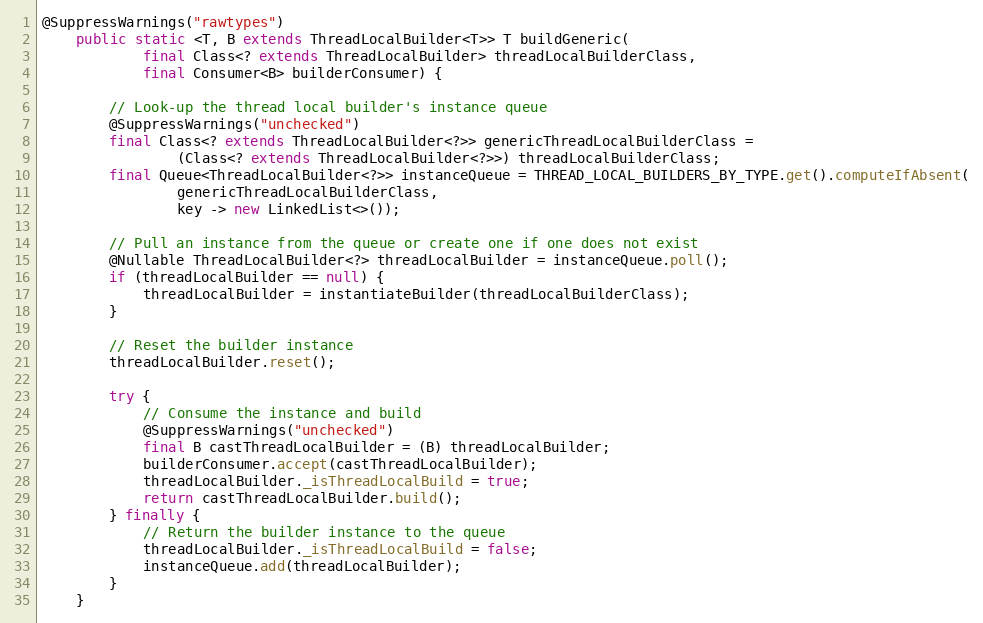
Language: Java
@SuppressWarnings("rawtypes")
    public static <T, B extends ThreadLocalBuilder<T>> T buildGeneric(
            final Class<? extends ThreadLocalBuilder> threadLocalBuilderClass,
            final Consumer<B> builderConsumer) {

        // Look-up the thread local builder's instance queue
        @SuppressWarnings("unchecked")
        final Class<? extends ThreadLocalBuilder<?>> genericThreadLocalBuilderClass =
                (Class<? extends ThreadLocalBuilder<?>>) threadLocalBuilderClass;
        final Queue<ThreadLocalBuilder<?>> instanceQueue = THREAD_LOCAL_BUILDERS_BY_TYPE.get().computeIfAbsent(
                genericThreadLocalBuilderClass,
                key -> new LinkedList<>());

        // Pull an instance from the queue or create one if one does not exist
        @Nullable ThreadLocalBuilder<?> threadLocalBuilder = instanceQueue.poll();
        if (threadLocalBuilder == null) {
            threadLocalBuilder = instantiateBuilder(threadLocalBuilderClass);
        }

        // Reset the builder instance
        threadLocalBuilder.reset();

        try {
            // Consume the instance and build
            @SuppressWarnings("unchecked")
            final B castThreadLocalBuilder = (B) threadLocalBuilder;
            builderConsumer.accept(castThreadLocalBuilder);
            threadLocalBuilder._isThreadLocalBuild = true;
            return castThreadLocalBuilder.build();
        } finally {
            // Return the builder instance to the queue
            threadLocalBuilder._isThreadLocalBuild = false;
            instanceQueue.add(threadLocalBuilder);
        }
    }